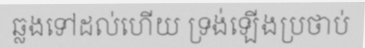
ឆ្លងទៅដល់ហើយ ទ្រង់ឡើងប្រថាប់